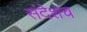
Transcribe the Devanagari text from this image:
संदेशच